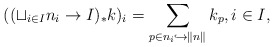
\begin{align*}((\sqcup_{i\in I}n_i\to I)_*k)_i =\sum_{p\in n_i\hookrightarrow\|n\|} k_p, i\in I,\end{align*}